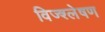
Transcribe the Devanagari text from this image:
विज्श्लेषण